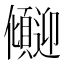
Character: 𫤏